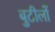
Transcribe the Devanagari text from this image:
बुटीलों